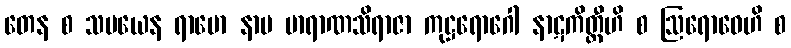
တေန စ သမယေန ရာမော နာမ ဗာရာဏသိရာဇာ ကုဋ္ဌရောဂေါ နာဋကိတ္ထီဟိ စ ဩရောဓေဟိ စ